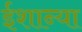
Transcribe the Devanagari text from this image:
ईशान्या